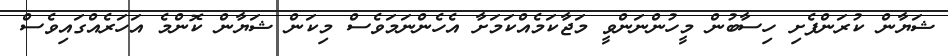
ޝަޔާން ކުރަންފެށި ހިސާބުން މީހުންނަންވީ މަޖާކަމެއްކަމަށާ އެހެންނަމަވެސް މިކަން ޝަޔާން ކޮންމެ އަހަރެއްގައިވެސް